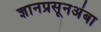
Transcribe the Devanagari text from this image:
ज्ञानप्रसूनअंबा